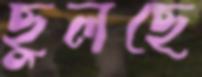
ছুলছে